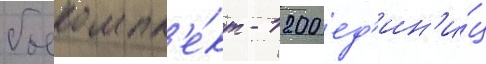
боекомпл'е́кт - 1200 ед'ин'и́ц